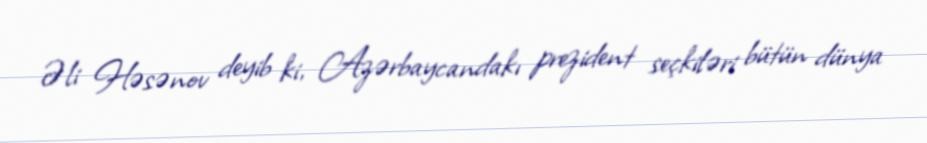
Əli Həsənov deyib ki, Azərbaycandakı prezident seçkiləri bütün dünya